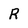
Character: R